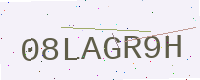
Text: 08LAGR9H